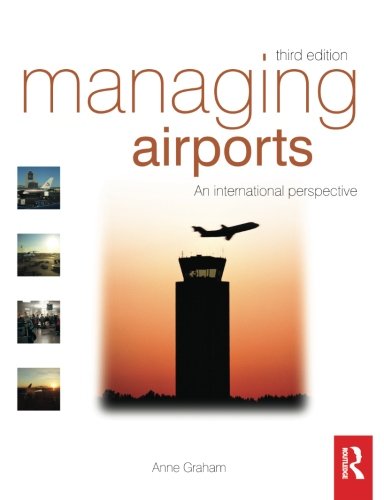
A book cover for Managing Airports; Anne Graham; Travel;